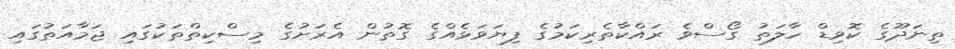
ތިނަދޫގެ ކޮވިޑް ހާލަތު ގޯސްވެ ރައްކާތެރިކަމުގެ ފިޔަވަޅެއްގެ ގޮތުން އެރަށުގެ މިސްކިތްތަކުގައި ޖަމާއަތުގައި